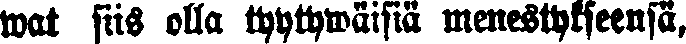
wat siis olla tyytywäisiä menestykseensä,